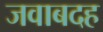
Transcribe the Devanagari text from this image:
जवाबदह